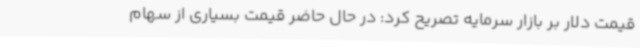
قیمت دلار بر بازار سرمایه تصریح کرد: در حال حاضر قیمت بسیاری از سهام